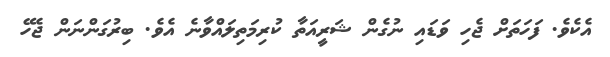
އެކެވެ. ފަހަތަށް ޖެހި ވަޑައި ނުގެން ޝަރީއަތާ ކުރިމަތިލައްވާނެ އެވެ. ބިރުގަންނަން ޖެހޭ